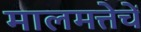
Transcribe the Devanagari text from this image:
मालमत्तेचें